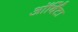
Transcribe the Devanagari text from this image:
ऑर्बिटा